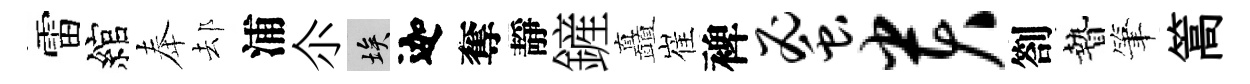
雷綰奉𨚫浦尒埃迦奪靜鏟矗崔裨蜜贵劄贄筆篙